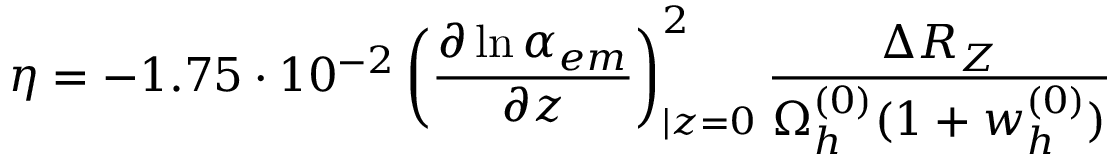
\eta = - 1 . 7 5 \cdot 1 0 ^ { - 2 } \left( \frac { \partial \ln \alpha _ { e m } } { \partial z } \right) _ { | z = 0 } ^ { 2 } \frac { \Delta R _ { Z } } { \Omega _ { h } ^ { ( 0 ) } ( 1 + w _ { h } ^ { ( 0 ) } ) }